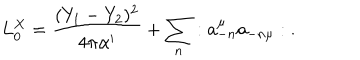
L _ { 0 } ^ { X } = { \frac { ( Y _ { 1 } - Y _ { 2 } ) ^ { 2 } } { 4 \pi \alpha ^ { \prime } } } + \sum _ { n } : a _ { - n } ^ { \mu } a _ { - n \mu } : \; .